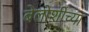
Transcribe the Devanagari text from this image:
बेलोशीच्या